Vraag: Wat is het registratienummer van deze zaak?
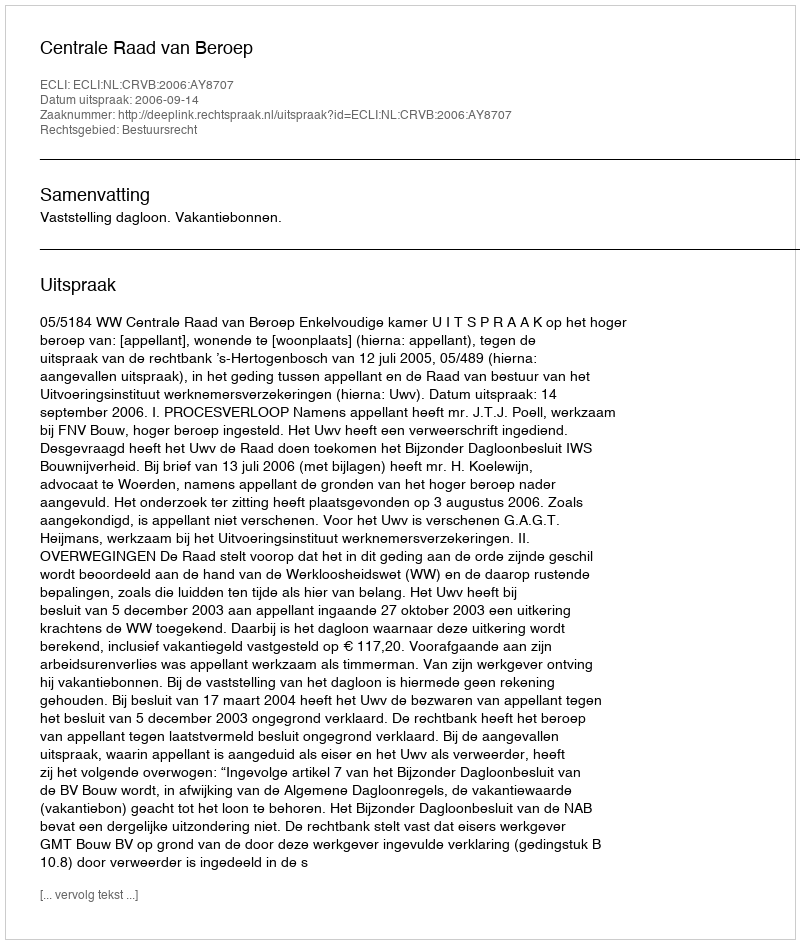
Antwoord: http://deeplink.rechtspraak.nl/uitspraak?id=ECLI:NL:CRVB:2006:AY8707